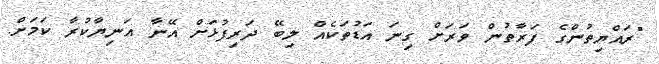
"ރައްޔިތުންގެ ފަރާތުން ވަރަށް ގިނަ އަޑުތަކެއް ލިބޭ ދަރިފުޅަށް އޭނާ އަނިޔާކުރާ ކަމަށް.